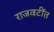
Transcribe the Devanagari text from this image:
राजवटींत